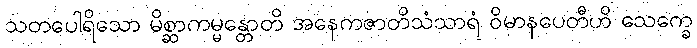
သတပေါရိသော မိစ္ဆာကမ္မန္တောတိ အနေကဇာတိသံသာရံ ဝိမာနပေတီဟိ သေက္ခေ